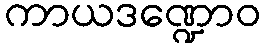
ကာယဒဏ္ဍောဝ